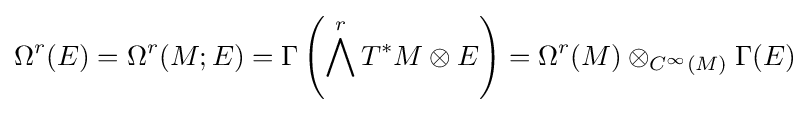
\Omega ^{r}(E)=\Omega ^{r}(M;E)=\Gamma \left(\bigwedge ^{r}T^{*}M\otimes E\right)=\Omega ^{r}(M)\otimes _{C^{\infty }(M)}\Gamma (E)